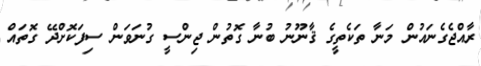
ރާއްޖެގެނައުން މަނާ ތަކެތީގެ ޤާނޫނު ބުނާ ގޮތުން ޖިންސީ ގުނަވަން ސިފަކޮށްދޭ ގޮތައް